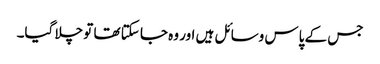
جس کے پاس وسائل ہیں اور وہ جا سکتا تھا تو چلا گیا۔